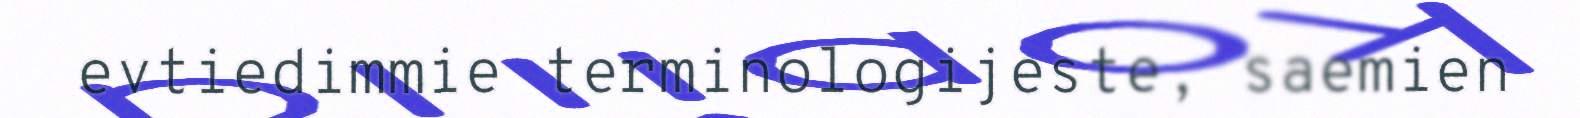
evtiedimmie terminologijeste, saemien